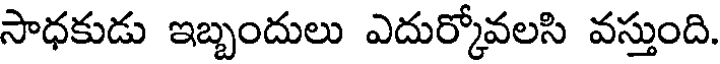
సాధకుడు ఇబ్బందులు ఎదుర్కోవలసి వస్తుంది.